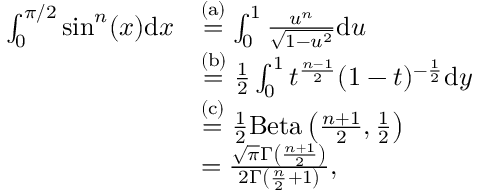
\begin{array} { r l } { \int _ { 0 } ^ { \pi / 2 } \sin ^ { n } ( x ) \mathrm { d } x } & { \stackrel { \mathrm { ( a ) } } = \int _ { 0 } ^ { 1 } \frac { u ^ { n } } { \sqrt { 1 - u ^ { 2 } } } \mathrm { d } u } \\ & { \stackrel { \mathrm { ( b ) } } = \frac { 1 } { 2 } \int _ { 0 } ^ { 1 } t ^ { \frac { n - 1 } { 2 } } ( 1 - t ) ^ { - \frac { 1 } { 2 } } \mathrm { d } y } \\ & { \stackrel { \mathrm { ( c ) } } = \frac { 1 } { 2 } \mathrm { B e t a } \left( \frac { n + 1 } { 2 } , \frac { 1 } { 2 } \right) } \\ & { = \frac { \sqrt { \pi } \Gamma \left( \frac { n + 1 } { 2 } \right) } { 2 \Gamma \left( \frac { n } { 2 } + 1 \right) } , } \end{array}